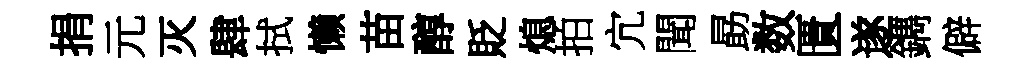
捐元灭肆拭懒苗醇貶熄拍宂聞勗数匱遂鐫僻